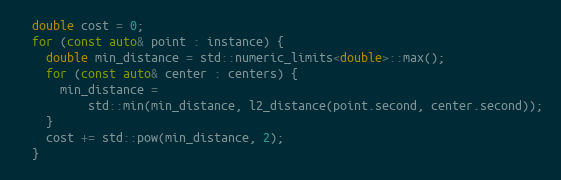
Language: C++
  double cost = 0;
  for (const auto& point : instance) {
    double min_distance = std::numeric_limits<double>::max();
    for (const auto& center : centers) {
      min_distance =
          std::min(min_distance, l2_distance(point.second, center.second));
    }
    cost += std::pow(min_distance, 2);
  }